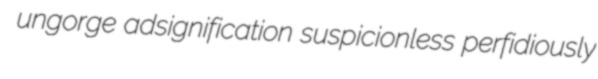
ungorge adsignification suspicionless perfidiously